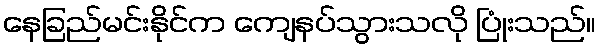
နေခြည်မင်းနိုင်က ကျေနပ်သွားသလို ပြုံးသည်။